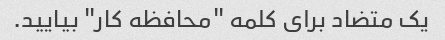
یک متضاد برای کلمه "محافظه کار" بیایید.